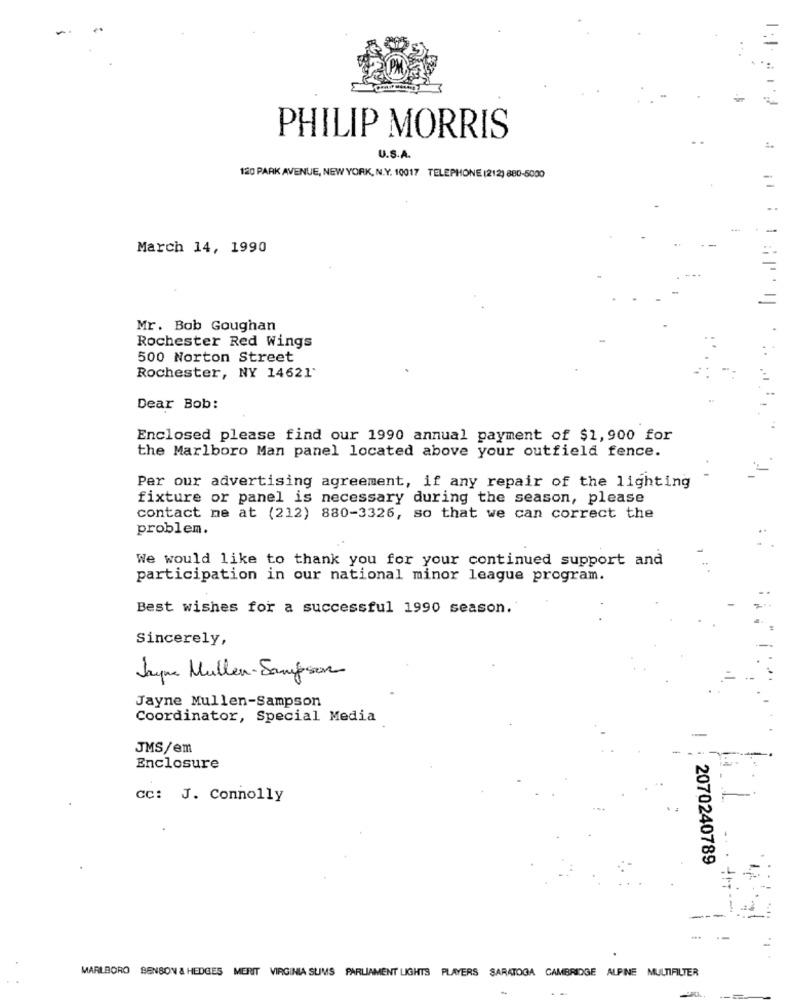
PHILIP MORRIS
U.S.A.
120 PARK AVENUE, NEW YORK, N.Y. 10017 TELEPHONE (212) 880-6000
March 14, 1990
Mr. Bob Goughan
Rochester Red Wings
500 Norton Street
Rochester, NY 14621'
Dear Bob:
Enclosed please find our 1990 annual payment of $1,900 for
the Marlboro Man panel located above your outfield fence.
Per our advertising agreement, if any repair of the lighting
fixture or panel is necessary during the season, please
contact me at (212) 880-3326, so that we can correct the
problem.
We would like to thank you for your continued support and
participation in our national minor league program.
Best wishes for a successful 1990 season.
Sincerely,
Jayne Mullen-Sampson
Jayne Mullen-Sampson
Coordinator, Special Media
-
JMS/em
Enclosure
CC: J. Connolly
2070240789
MARLBORO BENSON & HEDGES MERIT VIRGINIA SUMS PARLIAMENT LIGHTS PLAYERS SARATOGA CAMBRIDGE ALPINE MULTIFILTER